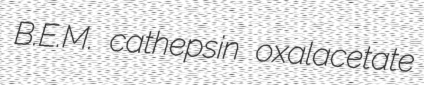
B.E.M. cathepsin oxalacetate